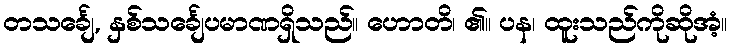
တသင်္ချေ, နှစ်သင်္ချေပမာဏရှိသည်။ ဟောတိ၊ ၏။ ပန၊ ထူးသည်ကိုဆိုအံ့။